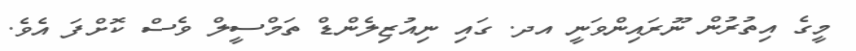
މީގެ އިތުރުން ނޫރައިންވަނީ އދ. ގައި ނިއުޒިލެންޑް ތަމްސީލް ވެސް ކޮށްފަ އެވެ.